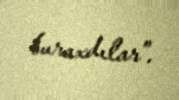
buraxdılar”.